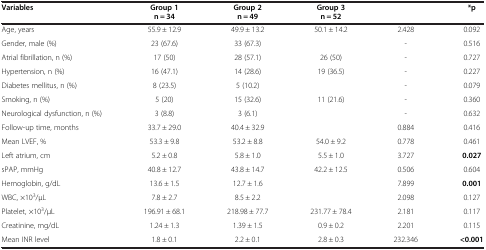
<table><thead><tr><td><b>Variables</b></td><td><b>Group 1 n = 34</b></td><td><b>Group 2 n = 49</b></td><td><b>Group 3 n = 52</b></td><td>[EMPTY_CELL]</td><td><b>*p</b></td></tr></thead><tbody><tr><td>Age, years</td><td>55.9 ± 12.9</td><td>49.9 ± 13.2</td><td>50.1 ± 14.2</td><td>2.428</td><td>0.092</td></tr><tr><td>Gender, male (%)</td><td>23 (67.6)</td><td>33 (67.3)</td><td>[EMPTY_CELL]</td><td>-</td><td>0.516</td></tr><tr><td>Atrial fibrillation, n (%)</td><td>17 (50)</td><td>28 (57.1)</td><td>26 (50)</td><td>-</td><td>0.727</td></tr><tr><td>Hypertension, n (%)</td><td>16 (47.1)</td><td>14 (28.6)</td><td>19 (36.5)</td><td>-</td><td>0.227</td></tr><tr><td>Diabetes mellitus, n (%)</td><td>8 (23.5)</td><td>5 (10.2)</td><td>[EMPTY_CELL]</td><td>-</td><td>0.079</td></tr><tr><td>Smoking, n (%)</td><td>5 (20)</td><td>15 (32.6)</td><td>11 (21.6)</td><td>-</td><td>0.360</td></tr><tr><td>Neurological dysfunction, n (%)</td><td>3 (8.8)</td><td>3 (6.1)</td><td>[EMPTY_CELL]</td><td>-</td><td>0.632</td></tr><tr><td>Follow-up time, months</td><td>33.7 ± 29.0</td><td>40.4 ± 32.9</td><td>[EMPTY_CELL]</td><td>0.884</td><td>0.416</td></tr><tr><td>Mean LVEF, %</td><td>53.3 ± 9.8</td><td>53.2 ± 8.8</td><td>54.0 ± 9.2</td><td>0.778</td><td>0.461</td></tr><tr><td>Left atrium, cm</td><td>5.2 ± 0.8</td><td>5.8 ± 1.0</td><td>5.5 ± 1.0</td><td>3.727</td><td><b>0.027</b></td></tr><tr><td>sPAP, mmHg</td><td>40.8 ± 12.7</td><td>43.8 ± 14.7</td><td>42.2 ± 12.5</td><td>0.506</td><td>0.604</td></tr><tr><td>Hemoglobin, g/dL</td><td>13.6 ± 1.5</td><td>12.7 ± 1.6</td><td>[EMPTY_CELL]</td><td>7.899</td><td><b>0.001</b></td></tr><tr><td>WBC, ×10<sup>3</sup>/μL</td><td>7.8 ± 2.7</td><td>8.5 ± 2.2</td><td>[EMPTY_CELL]</td><td>2.098</td><td>0.127</td></tr><tr><td>Platelet, ×10<sup>3</sup>/μL</td><td>196.91 ± 68.1</td><td>218.98 ± 77.7</td><td>231.77 ± 78.4</td><td>2.181</td><td>0.117</td></tr><tr><td>Creatinine, mg/dL</td><td>1.24 ± 1.3</td><td>1.39 ± 1.5</td><td>0.9 ± 0.2</td><td>2.201</td><td>0.115</td></tr><tr><td>Mean INR level</td><td>1.8 ± 0.1</td><td>2.2 ± 0.1</td><td>2.8 ± 0.3</td><td>232.346</td><td><b>&lt;0.001</b></td></tr></tbody></table>